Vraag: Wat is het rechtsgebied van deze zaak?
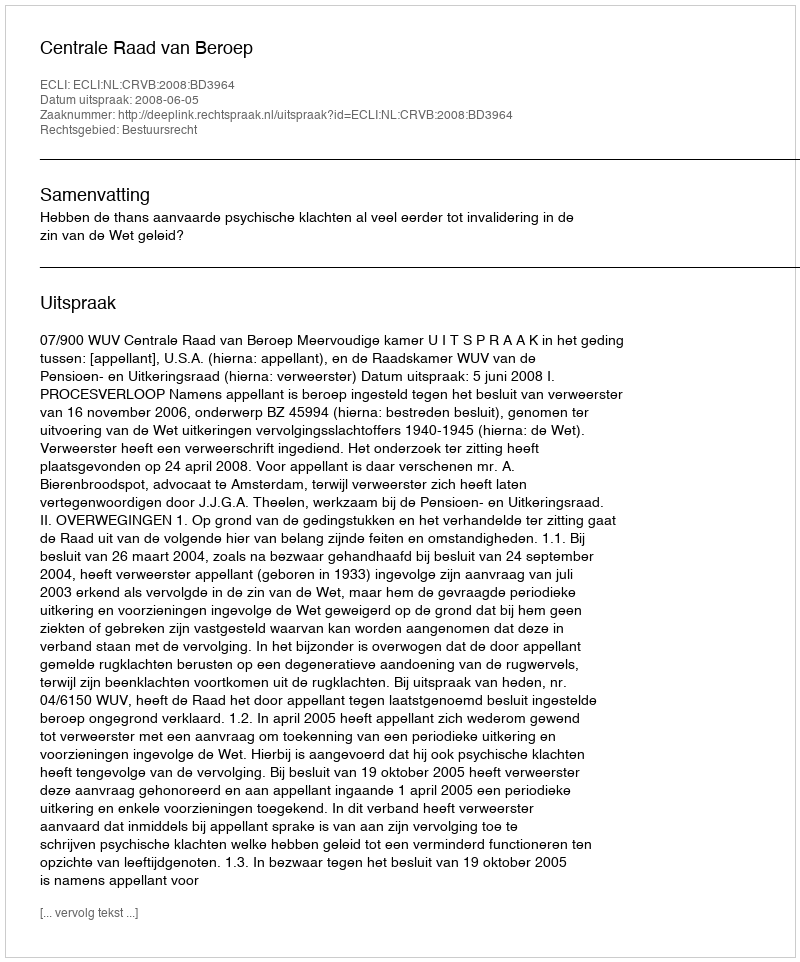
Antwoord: Bestuursrecht